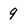
Character: 9